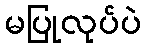
မပြုလုပ်ပဲ